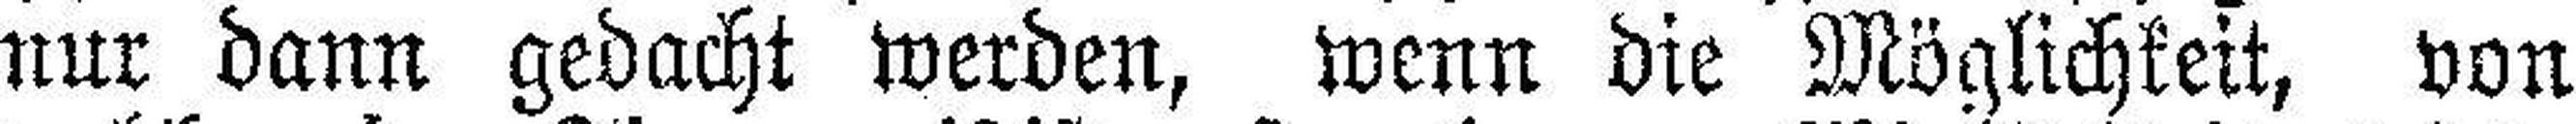
nur dann gedacht werden, wenn die Möglichkeit, von